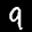
Label: 9